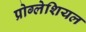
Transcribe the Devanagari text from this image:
प्रोग्लेशियल